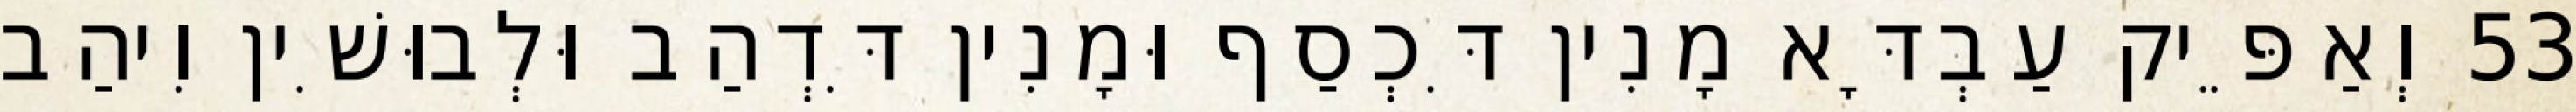
53 וְאַפֵּיק עַבְדָּא מָנִין דִּכְסַף וּמָנִין דִּדְהַב וּלְבוּשִׁין וִיהַב